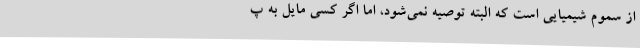
از سموم شیمیایی است که البته توصیه نمی‌شود، اما اگر کسی مایل به پ